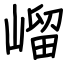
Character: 嵧